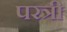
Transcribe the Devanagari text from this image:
परत्री